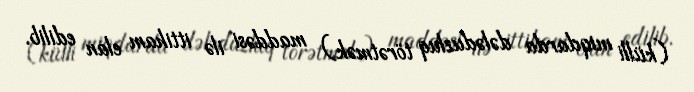
(külli miqdarda dələduzluq törətmək) maddəsi ilə ittiham elan edilib.